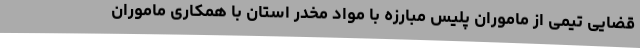
قضایی تیمی از ماموران پلیس مبارزه با مواد مخدر استان با همکاری ماموران